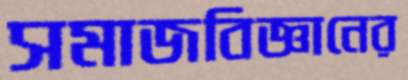
সমাজবিজ্ঞানের